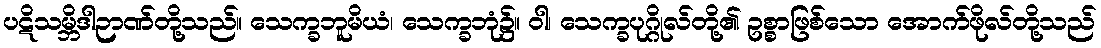
ပဋိသမ္ဘိဒါဉာဏ်တို့သည်။ သေက္ခဘူမိယံ၊ သေက္ခဘုံ၌။ ဝါ၊ သေက္ခပုဂ္ဂိုလ်တို့၏ ဥစ္စာဖြစ်သော အောက်ဖိုလ်တို့သည်